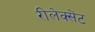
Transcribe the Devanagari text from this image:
रीलेक्सेंट